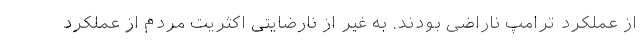
از عملکرد ترامپ ناراضی بودند. به غیر از نارضایتی اکثریت مردم از عملکرد